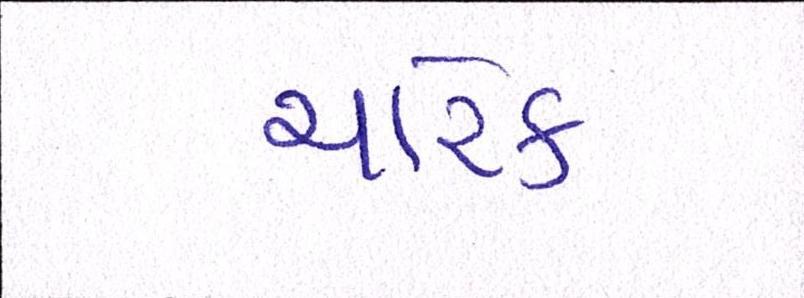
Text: ચારેક